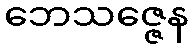
ဘေသဇ္ဇေန